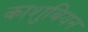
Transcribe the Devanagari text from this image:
काशुबियन